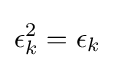
\epsilon _{k}^{2}=\epsilon _{k}